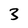
Character: 3